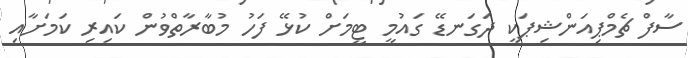
ސާފް ޗެމްޕިއަންޝިޕަކީ ދަގަނޑޭ ގައުމީ ޓީމަށް ކުޅޭ ފަހު މުބާރާތްވުން ކައިރި ކަމަށާއި